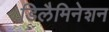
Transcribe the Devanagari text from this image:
डिलैमिनेशन